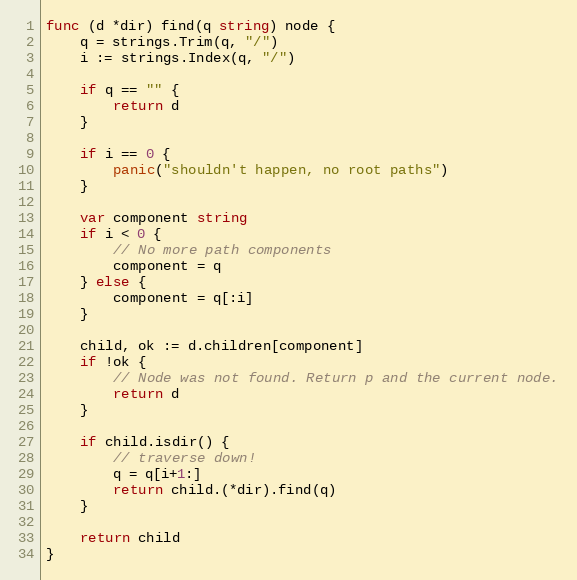
Language: Go
func (d *dir) find(q string) node {
	q = strings.Trim(q, "/")
	i := strings.Index(q, "/")

	if q == "" {
		return d
	}

	if i == 0 {
		panic("shouldn't happen, no root paths")
	}

	var component string
	if i < 0 {
		// No more path components
		component = q
	} else {
		component = q[:i]
	}

	child, ok := d.children[component]
	if !ok {
		// Node was not found. Return p and the current node.
		return d
	}

	if child.isdir() {
		// traverse down!
		q = q[i+1:]
		return child.(*dir).find(q)
	}

	return child
}